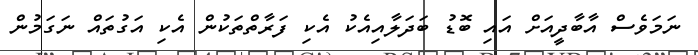
ނަމަވެސް އާބާދީއަށް އައި ބޮޑު ބަދަލާއިއެކު އެކި ފަރާތްތަކުން އެކި އަގުތައް ނަަގަމުން